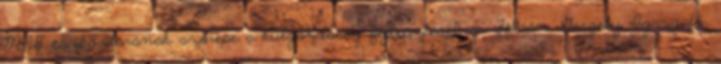
MNB eszköztárának szerepe a külgazdaság fejlesztésében Fábián Gergely Igazgató,